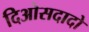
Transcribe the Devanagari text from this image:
दिओसदादो